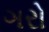
ગરો